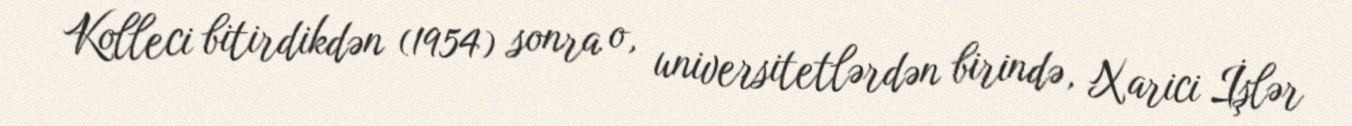
Kolleci bitirdikdən (1954) sonra o, universitetlərdən birində, Xarici İşlər